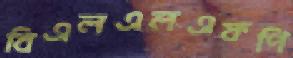
বিএলএলএফপি